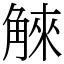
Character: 䚞